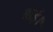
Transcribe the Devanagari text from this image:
बाई।